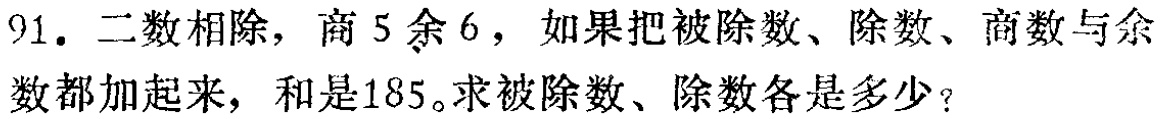
91. 二数相除，商$5$余$6$，如果把被除数、除数、商数与余数都加起来，和是$185$。求被除数、除数各是多少？